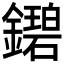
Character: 𬬓